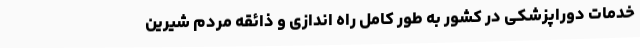
خدمات دوراپزشکی در کشور به طور کامل راه اندازی و ذائقه مردم شیرین